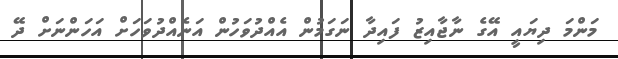
މަންމަ ދިޔައީ އޭގެ ނާޖާއިޒު ފައިދާ ނަގަމުން އެއްދުވަހުން އަނެއްދުވަހަށް އަހަންނަށް ދޭ